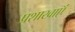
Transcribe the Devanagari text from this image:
प्रशाखाऍं